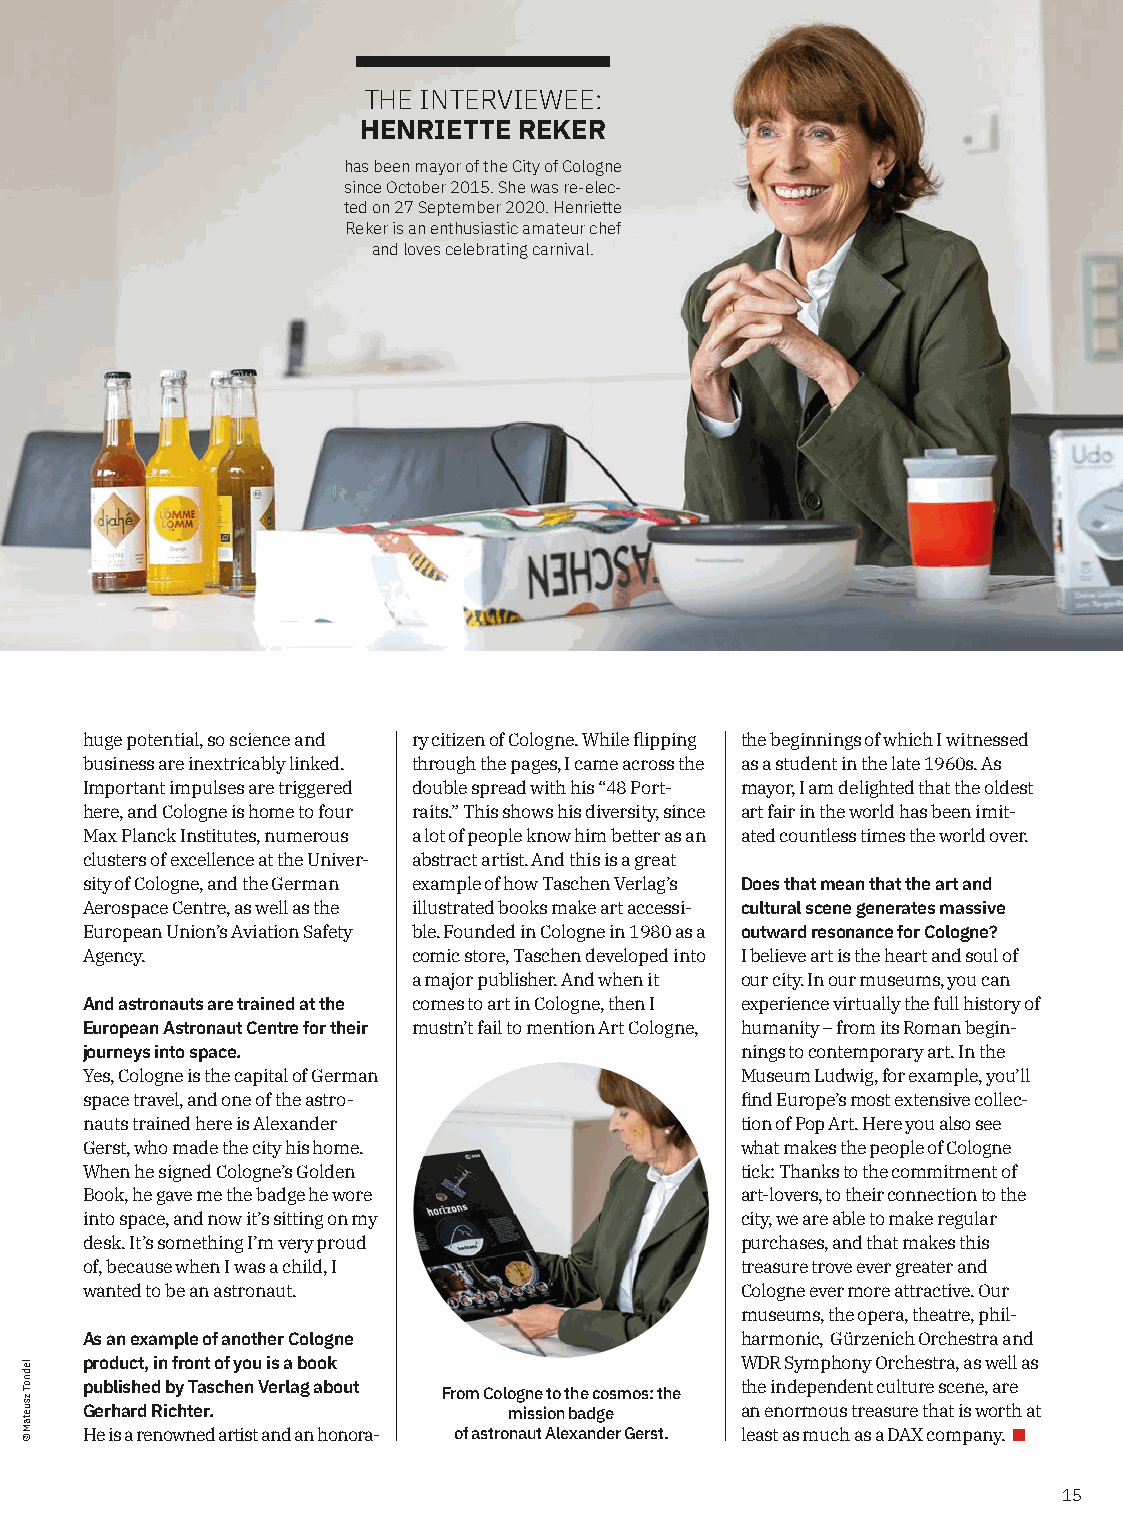
THE INTERVIEWEE:
 HENRIETTE REKER
 has been mayor of the City of Cologne
 since October 2015. She was re-elec-
 ted on 27 September 2020. Henriette
 Reker is an enthusiastic amateur chef
 and loves celebrating carnival.
 huge potential, so science and ry citizen of Cologne. While flipping the beginnings of which I witnessed
 business are inextricably linked. through the pages, I came across the as a student in the late 1960s. As
 Important impulses are triggered double spread with his “48 Port- mayor, I am delighted that the oldest
 here, and Cologne is home to four raits.” This shows his diversity, since art fair in the world has been imit-
 Max Planck Institutes, numerous a lot of people know him better as an ated countless times the world over.
 clusters of excellence at the Univer- abstract artist. And this is a great
 sity of Cologne, and the German example of how Taschen Verlag’s Does that mean that the art and
 Aerospace Centre, as well as the illustrated books make art accessi- cultural scene generates massive
 European Union’s Aviation Safety ble. Founded in Cologne in 1980 as a outward resonance for Cologne?
 Agency.               comic store, Taschen developed into I believe art is the heart and soul of
 a major publisher. And when it our city. In our museums, you can
 And astronauts are trained at the comes to art in Cologne, then I experience virtually the full history of
 European Astronaut Centre for their mustn’t fail to mention Art Cologne, humanity – from its Roman begin-
 journeys into space.                        nings to contemporary art. In the
 Yes, Cologne is the capital of German       Museum Ludwig, for example, you’ll
 space travel, and one of the astro-         find Europe’s most extensive collec-
 nauts trained here is Alexander             tion of Pop Art. Here you also see
 Gerst, who made the city his home.          what makes the people of Cologne
 When he signed Cologne’s Golden             tick: Thanks to the commitment of
 Book, he gave me the badge he wore          art-lovers, to their connection to the
 into space, and now it’s sitting on my      city, we are able to make regular
 desk. It’s something I’m very proud         purchases, and that makes this
 of, because when I was a child, I           treasure trove ever greater and
 wanted to be an astronaut.                  Cologne ever more attractive. Our
 museums, the opera, theatre, phil-
 As an example of another Cologne            harmonic, Gürzenich Orchestra and
 product, in front of you is a book          WDR Symphony Orchestra, as well as
 published by Taschen Verlag about           the independent culture scene, are
 From Cologne to the cosmos: the
 Gerhard Richter.             mission badge  an enormous treasure that is worth at
 He is a renowned artist and an honora- of astronaut Alexander Gerst. least as much as a DAX company.
 15
 lednoT
 zsuetaM
 ©